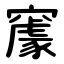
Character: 䆽